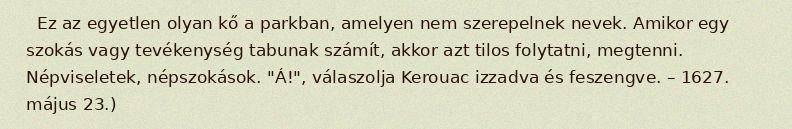
Ez az egyetlen olyan kő a parkban, amelyen nem szerepelnek nevek. Amikor egy szokás vagy tevékenység tabunak számít, akkor azt tilos folytatni, megtenni. Népviseletek, népszokások. "Á!", válaszolja Kerouac izzadva és feszengve. – 1627. május 23.)